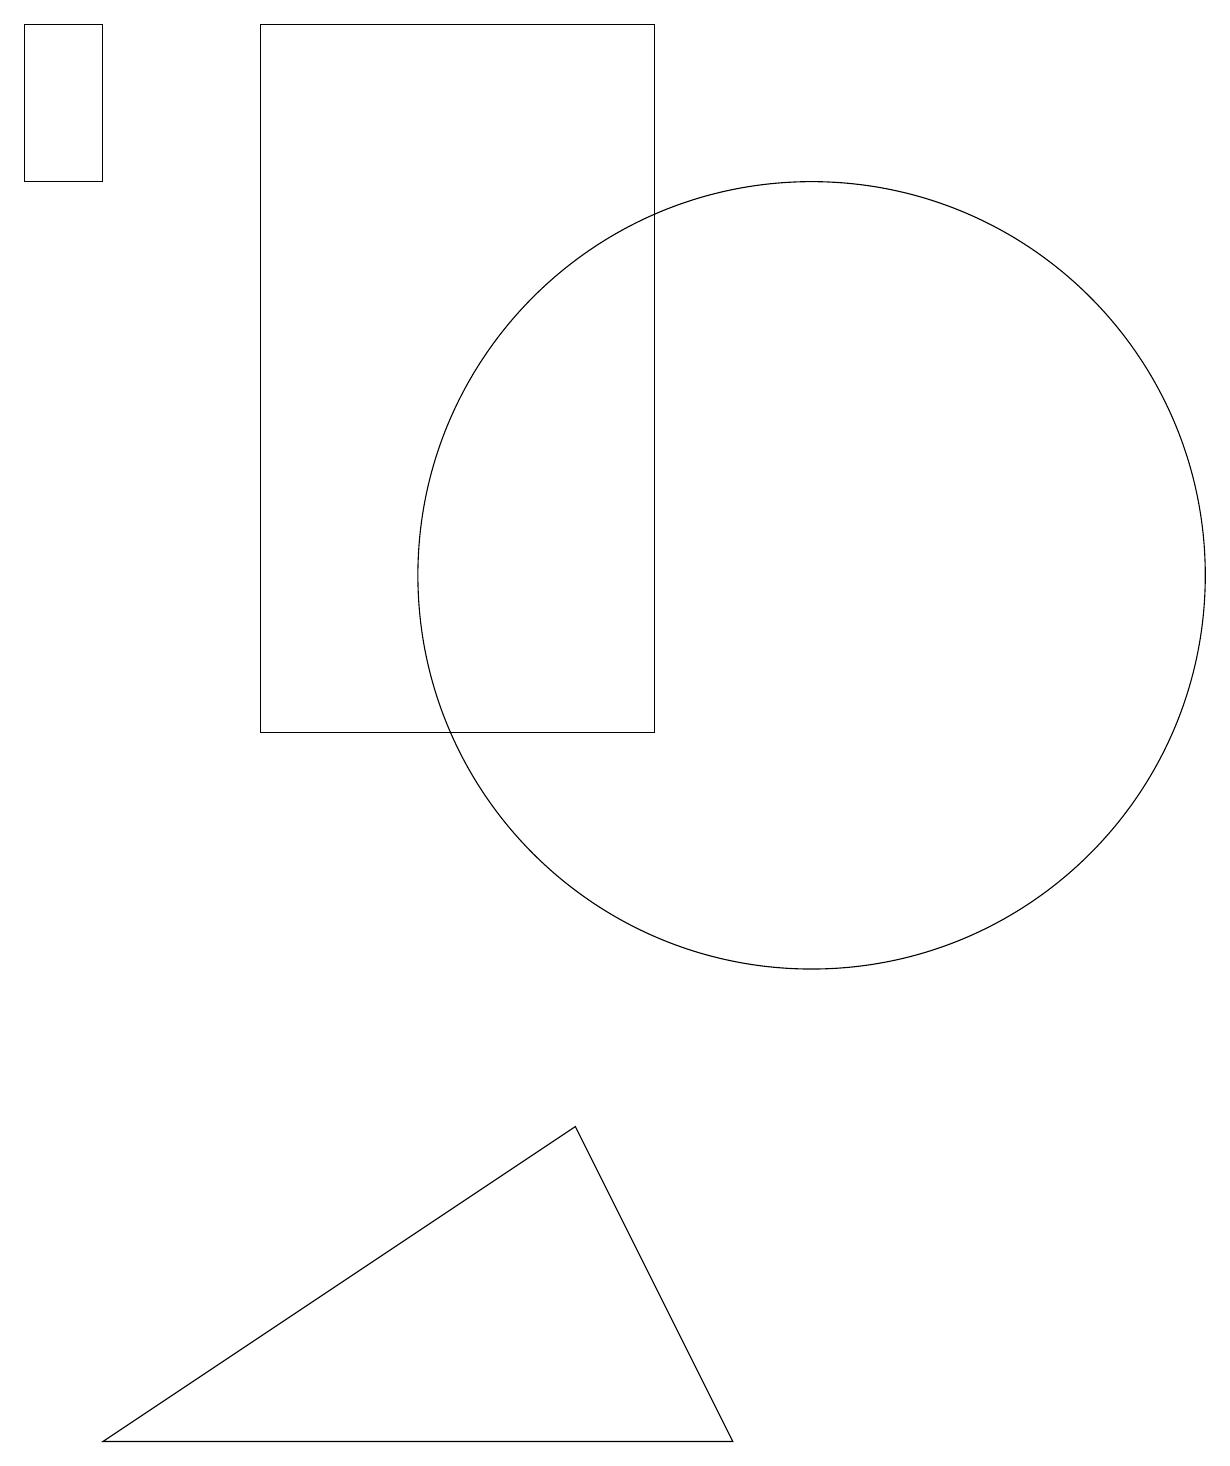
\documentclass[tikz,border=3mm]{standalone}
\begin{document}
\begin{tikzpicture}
\draw (1,1) -- (7,5) -- (9,1) -- cycle;
\draw (8,10) rectangle (3,19);
\draw (10,12) circle (5);
\draw (1,19) rectangle (0,17);
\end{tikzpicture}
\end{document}